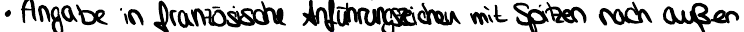
Angabe in französische Anführungszeichen mit Spitzen nach außen